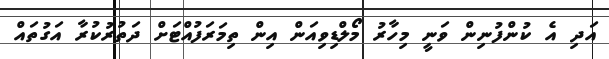
އަދި އެ ކުންފުނިން ވަނީ މިހާރު މޯލްޑިވިއަން އިން ތިމަރަފުއްޓަށް ދަތުރުކުރާ އަގުތައް